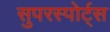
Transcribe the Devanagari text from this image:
सुपरस्पोर्ट्स